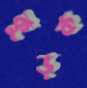
কুড়ক